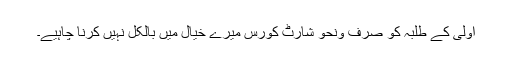
اولیٰ کے طلبہ کو صرف ونحو شارٹ کورس میرے خیال میں بالکل نہیں کرنا چاہیے۔